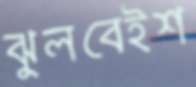
ঝুলবেইশ